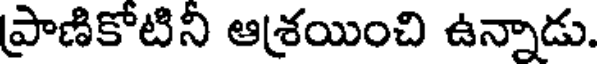
ప్రాణికోటిని ఆశ్రయించి ఉన్నాడు.